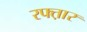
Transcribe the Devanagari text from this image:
रफ्त़ार